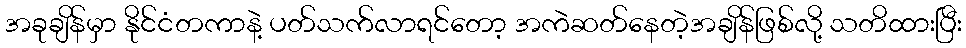
အခုချိန်မှာ နိုင်ငံတကာနဲ့ ပတ်သက်လာရင်တော့ အကဲဆတ်နေတဲ့အချိန်ဖြစ်လို့ သတိထားပြီး